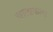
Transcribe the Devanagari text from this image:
चालाकता